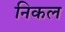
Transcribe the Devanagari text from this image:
निकल